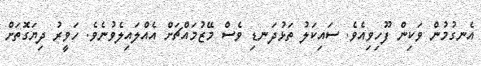
އެނގުމުން ވަކިން ފޫހިވިއެވެ. ސައިކަލު ތަޅުދަނޑި ވެސް މޭޒުމައްޗަށް އެއްލައިލެވުނެވެ. ހަވީރު ދިޔަގޮތަށް